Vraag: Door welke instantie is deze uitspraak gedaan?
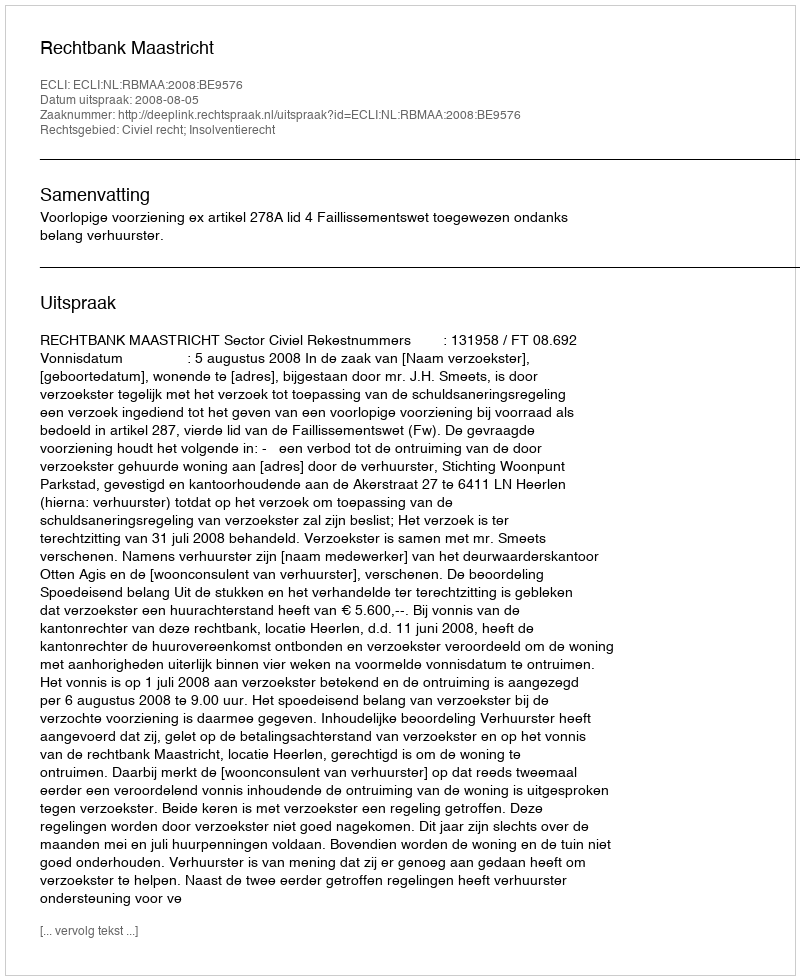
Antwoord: Rechtbank Maastricht